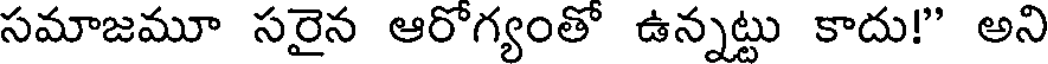
సమాజమూ సరైన ఆరోగ్యంతో ఉన్నట్టు కాదు!" అని